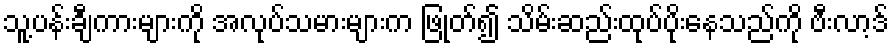
သူ့ပန်းချီကားများကို အလုပ်သမားများက ဖြုတ်၍ သိမ်းဆည်းထုပ်ပိုးနေသည်ကို ဗီးလာ့ဒ်